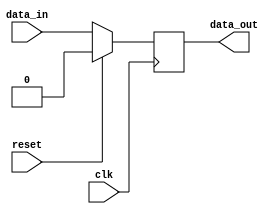
module example(
    input wire clk,
    input wire reset,
    input wire data_in,
    output reg data_out
);

always @ (negedge clk) begin
    if (reset) begin
        data_out <= 0;
    end else begin
        data_out <= data_in;
    end
end

endmodule